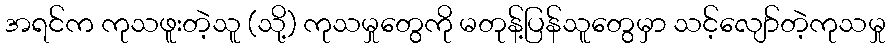
အရင်က ကုသဖူးတဲ့သူ (သို့) ကုသမှုတွေကို မတုန့်ပြန်သူတွေမှာ သင့်လျော်တဲ့ကုသမှု